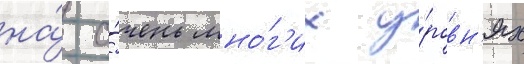
на́ о́чень мно́г'их у́ровн'ях